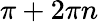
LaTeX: \pi+2\pi n